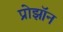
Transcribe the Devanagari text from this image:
प्रोझॉन